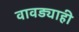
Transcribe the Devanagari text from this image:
वावड्याही